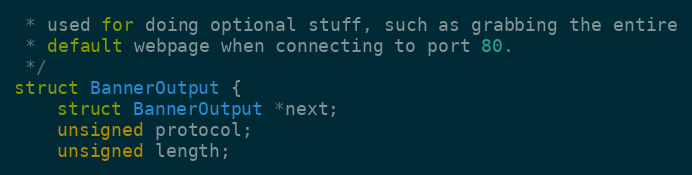
Language: C
 * used for doing optional stuff, such as grabbing the entire
 * default webpage when connecting to port 80.
 */
struct BannerOutput {
    struct BannerOutput *next;
    unsigned protocol;
    unsigned length;